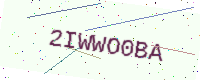
Text: 2IWWO0BA